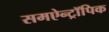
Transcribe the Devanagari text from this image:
समऐन्ट्रॉपिक